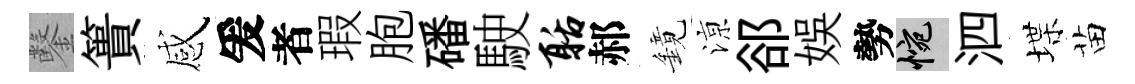
鑿簣感爰者瑕胞磻駛聒郝鏡鿌郤娱勢惋泗堞苗